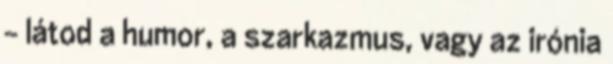
– látod a humor, a szarkazmus, vagy az irónia